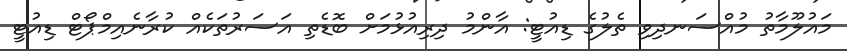
މައުލޫމާތު މުއްސަނދިވި ތެލުގެ ޑިއުޓީ: އާންމު ދިރިއުޅުމަށް ބޮޑެތި އަސަރުތަކެއް ކުރާނެއިމްޕޯޓް ޑިއުޓީ